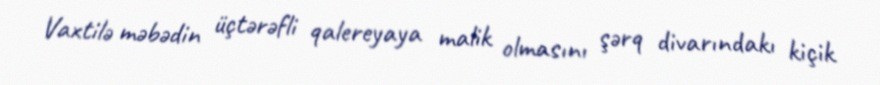
Vaxtilə məbədin üçtərəfli qalereyaya malik olmasını şərq divarındakı kiçik